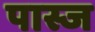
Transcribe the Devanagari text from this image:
पास्ज